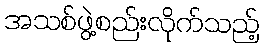
အသစ်ဖွဲ့စည်းလိုက်သည့်